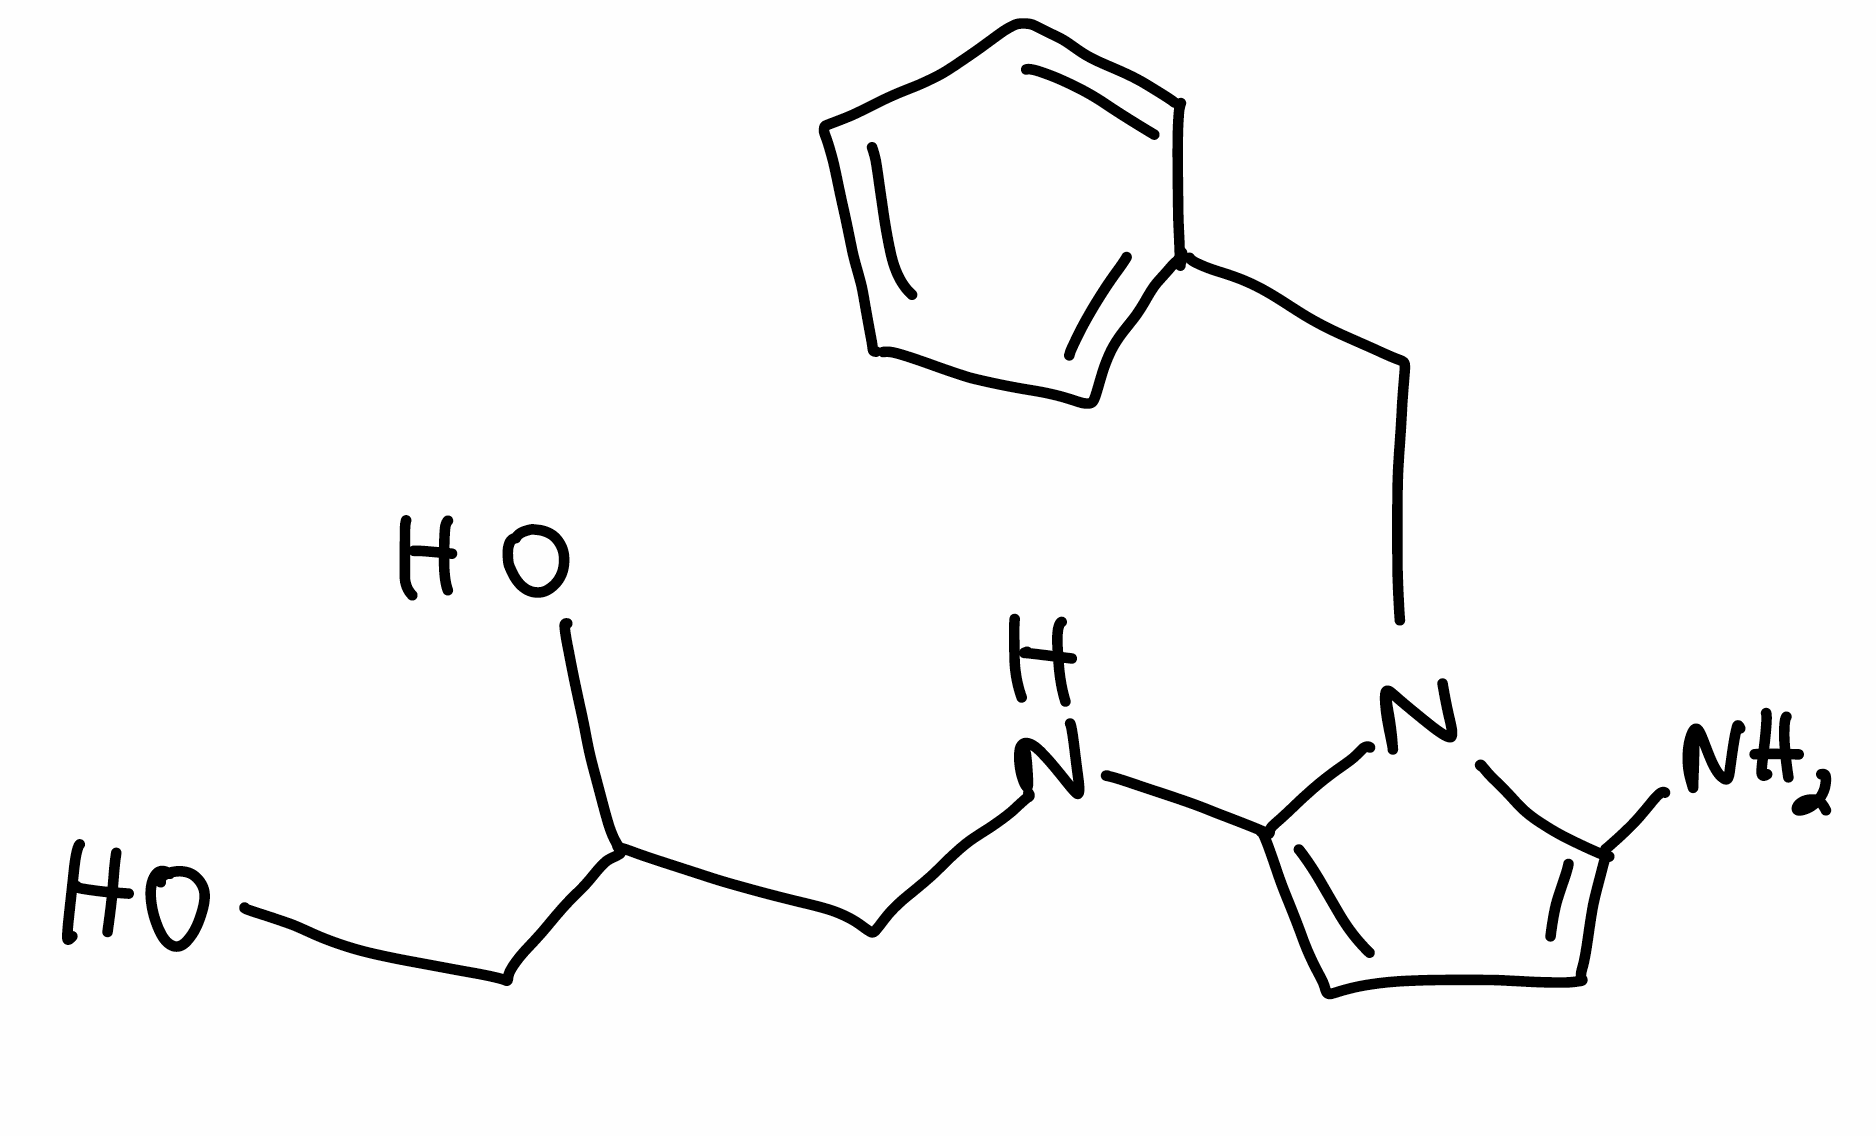
Simplified molecular-input line-entry system (SMILES) notation of the given molecule:
C1=CC=C(C=C1)CN2C(=CC=C2NCC(CO)O)N